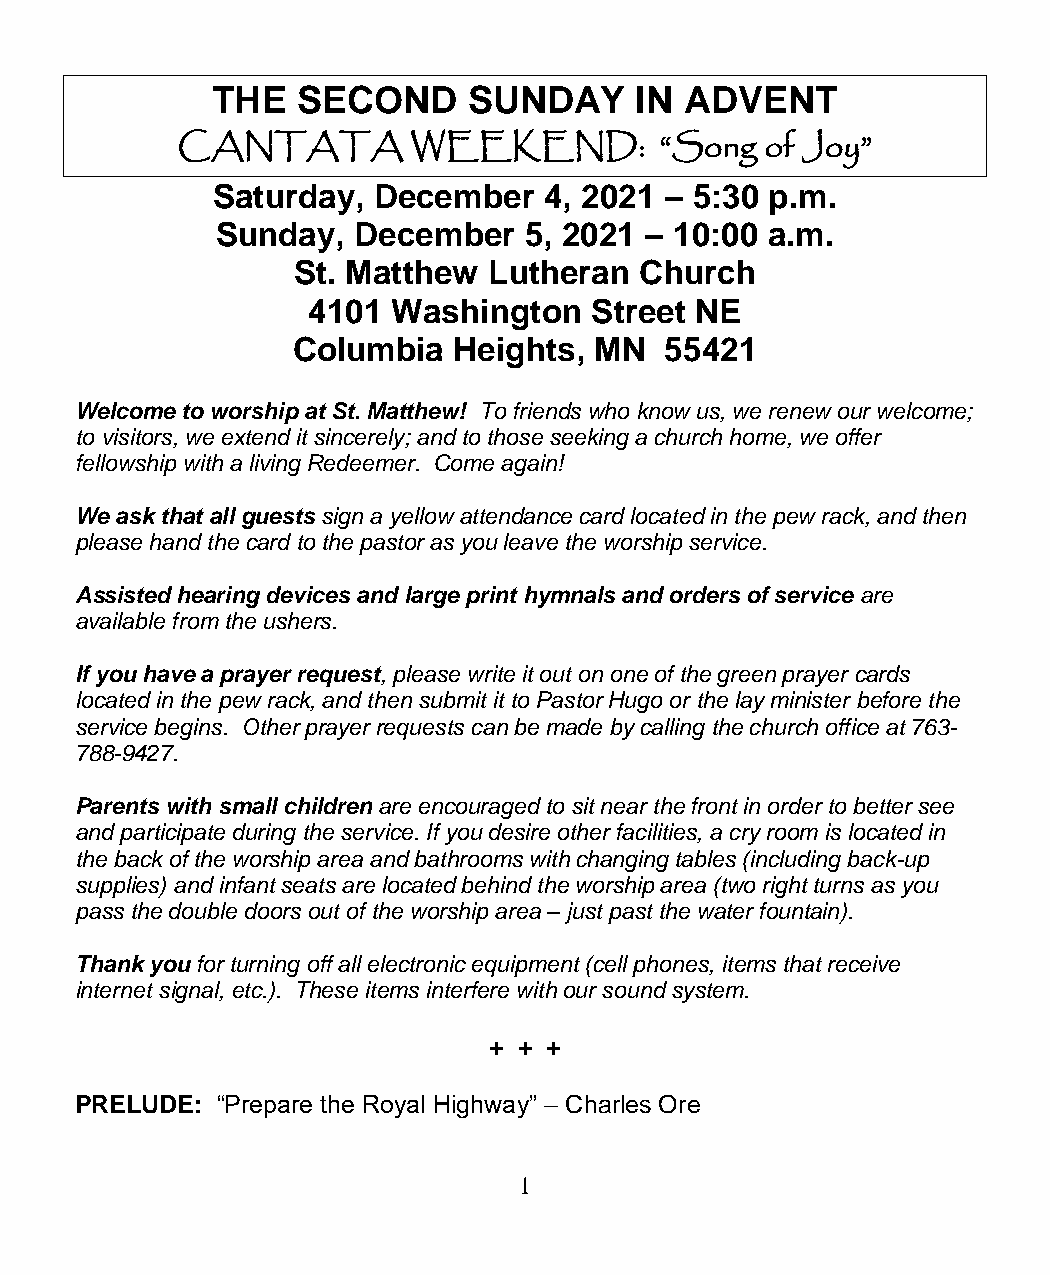
THE   SECOND     SUNDAY     IN ADVENT
 CANTATA        WEEKEND:         “Song  of Joy”
 Saturday,  December   4, 2021 – 5:30 p.m.
 Sunday,  December    5, 2021 – 10:00 a.m.
 St. Matthew  Lutheran  Church
 4101  Washington   Street NE
 Columbia   Heights, MN   55421
 Welcome to worship at St. Matthew! To friends who know us, we renew our welcome;
 to visitors, we extend it sincerely; and to those seeking a church home, we offer
 fellowship with a living Redeemer. Come again!
 We ask that all guests sign a yellow attendance card located in the pew rack, and then
 please hand the card to the pastor as you leave the worship service.
 Assisted hearing devices and large print hymnals and orders of service are
 available from the ushers.
 If you have a prayer request, please write it out on one of the green prayer cards
 located in the pew rack, and then submit it to Pastor Hugo or the lay minister before the
 service begins. Other prayer requests can be made by calling the church office at 763-
 788-9427.
 Parents with small children are encouraged to sit near the front in order to better see
 and participate during the service. If you desire other facilities, a cry room is located in
 the back of the worship area and bathrooms with changing tables (including back-up
 supplies) and infant seats are located behind the worship area (two right turns as you
 pass the double doors out of the worship area – just past the water fountain).
 Thank you for turning off all electronic equipment (cell phones, items that receive
 internet signal, etc.). These items interfere with our sound system.
 + + +
 PRELUDE: “Prepare the Royal Highway” – Charles Ore
 1